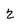
Character: 2